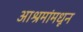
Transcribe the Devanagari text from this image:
आश्रमांमधून